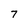
Character: 7